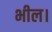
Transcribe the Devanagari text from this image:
भील।